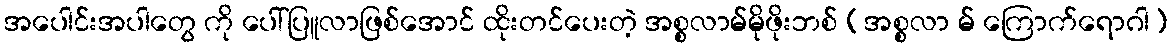
အပေါင်းအပါတွေ ကို ပေါ်ပြူလာဖြစ်အောင် ထိုးတင်ပေးတဲ့ အစ္စလာမ်မိုဖိုးဘစ် (အစ္စလာ မ် ကြောက်ရောဂါ)